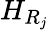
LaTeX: H_{R_{j}}